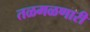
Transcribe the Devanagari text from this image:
तळमळणारी